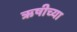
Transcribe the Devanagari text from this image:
ऋषीच्या